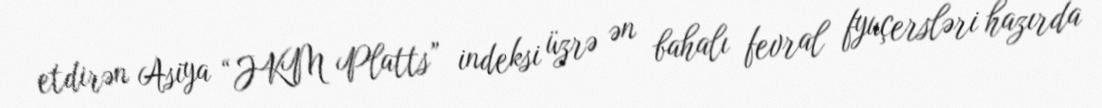
etdirən Asiya “JKM Platts” indeksi üzrə ən bahalı fevral fyuçersləri hazırda